Civil Veterinary Dept. Bombay admin report 1900-1906 - 1900-1906
Year: 1900
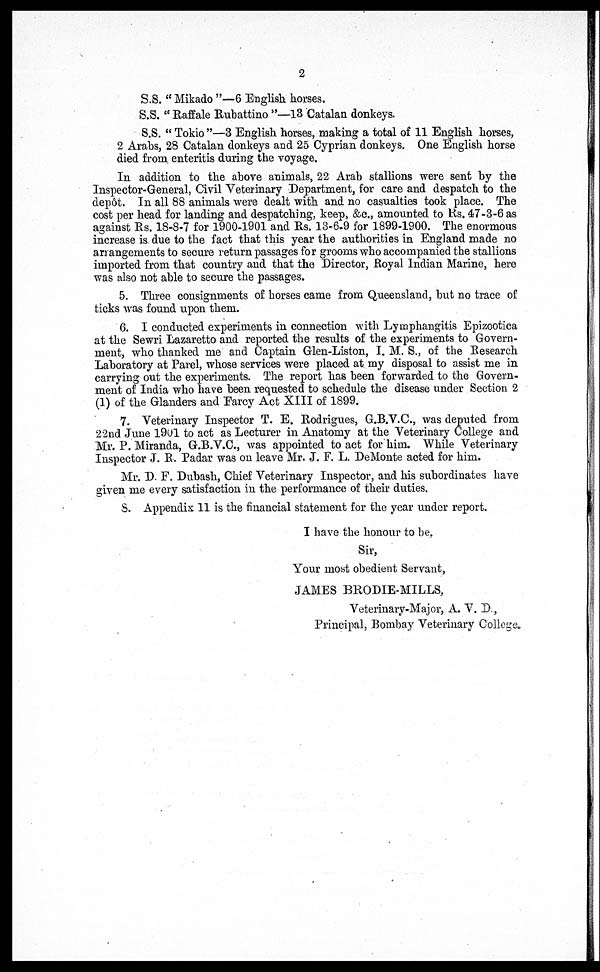
2
S.S. "Mikado"—6 English horses.
S.S. "Raffale Rubattino"—18 Catalan donkeys.
S.S. "Tokio"—3 English horses, making a total of 11 English horses,
2 Arabs, 28 Catalan donkeys and 25 Cyprian donkeys. One English horse
died from enteritis during the voyage.
In addition to the above animals, 22 Arab stallions were sent by the
Inspector-General, Civil Veterinary Department, for care and despatch to the
depôt. In all 88 animals were dealt with and no casualties took place. The
cost per head for landing and despatching, keep, &c., amounted to Rs. 47-3-6 as
against Rs. 18-8-7 for 1900-1901 and Rs. 13-6-9 for 1899-1900. The enormous
increase is due to the fact that this year the authorities in England made no
arrangements to secure return passages for grooms who accompanied the stallions
imported from that country and that the Director, Royal Indian Marine, here
was also not able to secure the passages.
5. Three consignments of horses came from Queensland, but no trace of
ticks was found upon them.
6. I conducted experiments in connection with Lymphangitis Epizootica
at the Sewri Lazaretto and reported the results of the experiments to Govern-
ment, who thanked me and Captain Glen-Liston, I. M. S., of the Research
Laboratory at Parel, whose services were placed at my disposal to assist me in
carrying out the experiments. The report has been forwarded to the Govern-
ment of India who have been requested to schedule the disease under Section 2
(1) of the Glanders and Farcy Act XIII of 1899.
7. Veterinary Inspector T. E. Rodrigues, G.B.V.C., was deputed from
22nd June 1901 to act as Lecturer in Anatomy at the Veterinary College and
Mr. P. Miranda, G.B.V.C., was appointed to act for him. While Veterinary
Inspector J. R. Padar was on leave Mr. J. F. L. DeMonte acted for him.
Mr. D. F. Dubash, Chief Veterinary Inspector, and his subordinates have
given me every satisfaction in the performance of their duties.
S. Appendix 11 is the financial statement for the year under report.
I have the honour to be,
Sir,
Your most obedient Servant,
JAMES BRODIE-MILLS,
Veterinary-Major, A. V. D.,
Principal, Bombay Veterinary College.